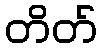
တိတ်